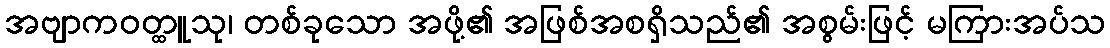
အဗျာကဝတ္ထူသု၊ တစ်ခုသော အဖို့၏ အဖြစ်အစရှိသည်၏ အစွမ်းဖြင့် မကြားအပ်သ